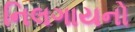
નિલગાયનો